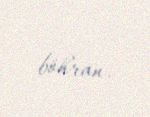
böhran.